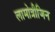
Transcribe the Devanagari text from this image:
लामोत्रीजिन